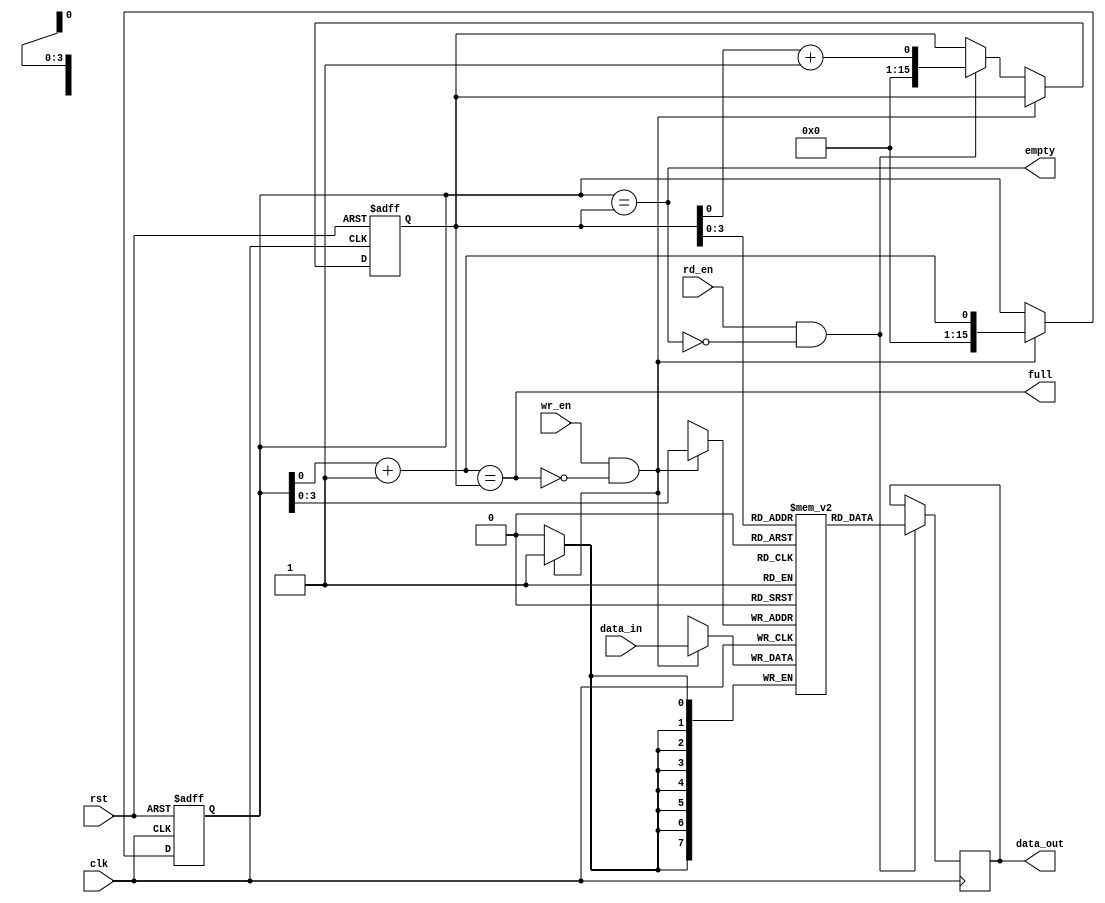
module FIFO_buffer 
(
   input wire clk,
   input wire rst,
   input wire wr_en,
   input wire rd_en,
   input wire [DATA_WIDTH-1:0] data_in,
   output reg [DATA_WIDTH-1:0] data_out,
   output wire full,
   output wire empty
);

parameter BUFFER_SIZE = 16;
parameter DATA_WIDTH = 8;

reg [DATA_WIDTH-1:0] buffer [0:BUFFER_SIZE-1];
reg [BUFFER_SIZE-1:0] wr_ptr;
reg [BUFFER_SIZE-1:0] rd_ptr;
wire next_wr_ptr, next_rd_ptr;

// Initialize pointers and flags
always @(posedge clk or posedge rst) begin
   if (rst) begin
      wr_ptr <= 0;
      rd_ptr <= 0;
   end
   else if (wr_en && !full) begin
      wr_ptr <= next_wr_ptr;
   end
   else if (rd_en && !empty) begin
      rd_ptr <= next_rd_ptr;
   end
end

// Update pointers
assign next_wr_ptr = wr_ptr + 1;
assign next_rd_ptr = rd_ptr + 1;

// Write data to buffer
always @(posedge clk) begin
   if (wr_en && !full) begin
      buffer[wr_ptr] <= data_in;
   end
end

// Read data from buffer
always @(posedge clk) begin
   if (rd_en && !empty) begin
      data_out <= buffer[rd_ptr];
   end
end

// Buffer full and empty detection
assign full = (next_wr_ptr == rd_ptr);
assign empty = (wr_ptr == rd_ptr);

endmodule